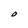
Character: O